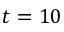
t = 1 0